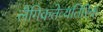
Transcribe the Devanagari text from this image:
लैंगिकतेव्यतिरिक्त